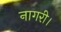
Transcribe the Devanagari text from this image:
नागरी।